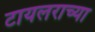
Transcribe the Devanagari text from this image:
टायलराच्या